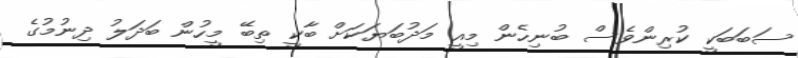
ސަބަބަކީ ކުރިންވެސް ބުނިހެން މިއީ މަދުބަޔަކަށް ބާކީ ތިބޭ މީހުން ބަދަލު ދިނުމުގެ